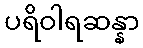
ပရိဝါရဆန္နာ